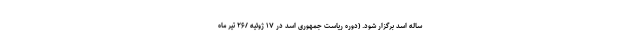
ساله اسد برگزار شود. (دوره ریاست جمهوری اسد در ۱۷ ژوئیه /۲۶ تیر ماه